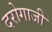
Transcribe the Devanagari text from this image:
दरोगाजी